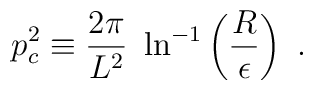
p_c^2\equiv {2\pi \over L^2}~\ln^{-1}\left(R\over\epsilon\right)~.